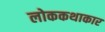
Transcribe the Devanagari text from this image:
लोककथाकार